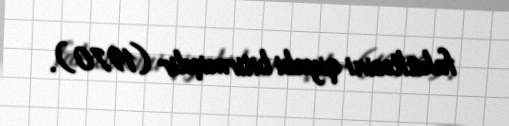
fakültəsini qiyabi bitirmişdir (1970).